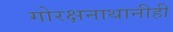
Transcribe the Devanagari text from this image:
गोरक्षनाथानीही